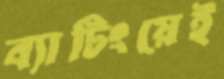
ব্যাটিংয়েই